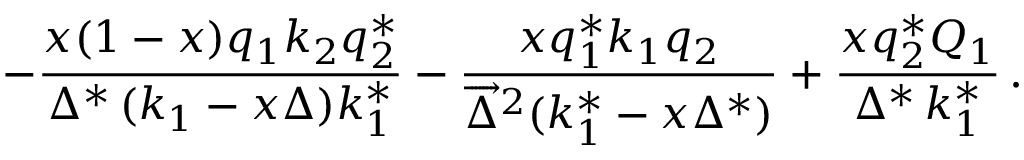
- \frac { x ( 1 - x ) q _ { 1 } k _ { 2 } q _ { 2 } ^ { * } } { \Delta ^ { * } \, ( k _ { 1 } - x \Delta ) k _ { 1 } ^ { * } } - \frac { x q _ { 1 } ^ { * } k _ { 1 } q _ { 2 } } { \overrightarrow { \Delta } ^ { 2 } ( k _ { 1 } ^ { * } - x \Delta ^ { * } ) } + \frac { x q _ { 2 } ^ { * } Q _ { 1 } } { \Delta ^ { * } \, k _ { 1 } ^ { * } } \, .